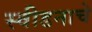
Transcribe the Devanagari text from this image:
स्वीडनाचे